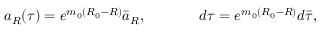
a _ { R } ( \tau ) = e ^ { m _ { 0 } ( R _ { 0 } - R ) } \bar { a } _ { R } , \ \ \ \ \ \ \ \ \ \ \ d \tau = e ^ { m _ { 0 } ( R _ { 0 } - R ) } d \bar { \tau } ,